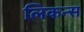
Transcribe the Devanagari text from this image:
लिकन्स